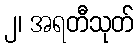
၂၊ အရတီသုတ်